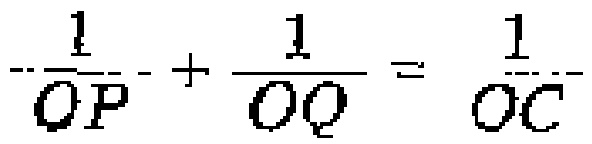
\(\frac{1}{OP}+\frac{1}{OQ}=\frac{1}{OC}\)